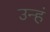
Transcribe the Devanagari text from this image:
उन्हं